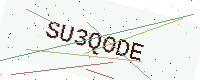
Text: SU3QODE